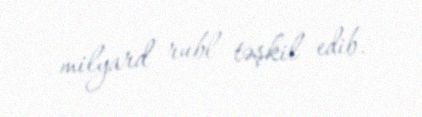
milyard rubl təşkil edib.